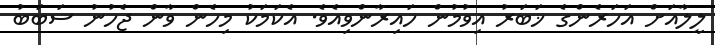
ލީލާއަށް އަހަރެންގެ ޚަބަރު އިވުމުން ހައިރާންވިއެވެ. އެކަމަކު މިހެން ވާން ޖެހުނު ސަބަބު